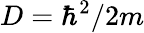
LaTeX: D=\hbar^{2}/2m